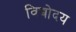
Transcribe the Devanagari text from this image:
विद्योदय